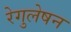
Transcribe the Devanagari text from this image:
रेगुलेषन